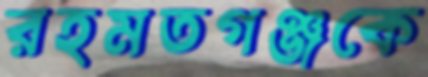
রহমতগঞ্জকে